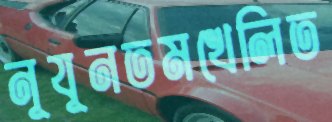
নূযূনতমখেলিত